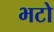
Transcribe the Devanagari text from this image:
भटो